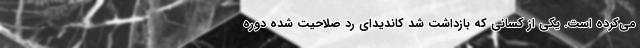
می‌کرده است. یکی از کسانی که بازداشت شد کاندیدای رد صلاحیت شده دوره